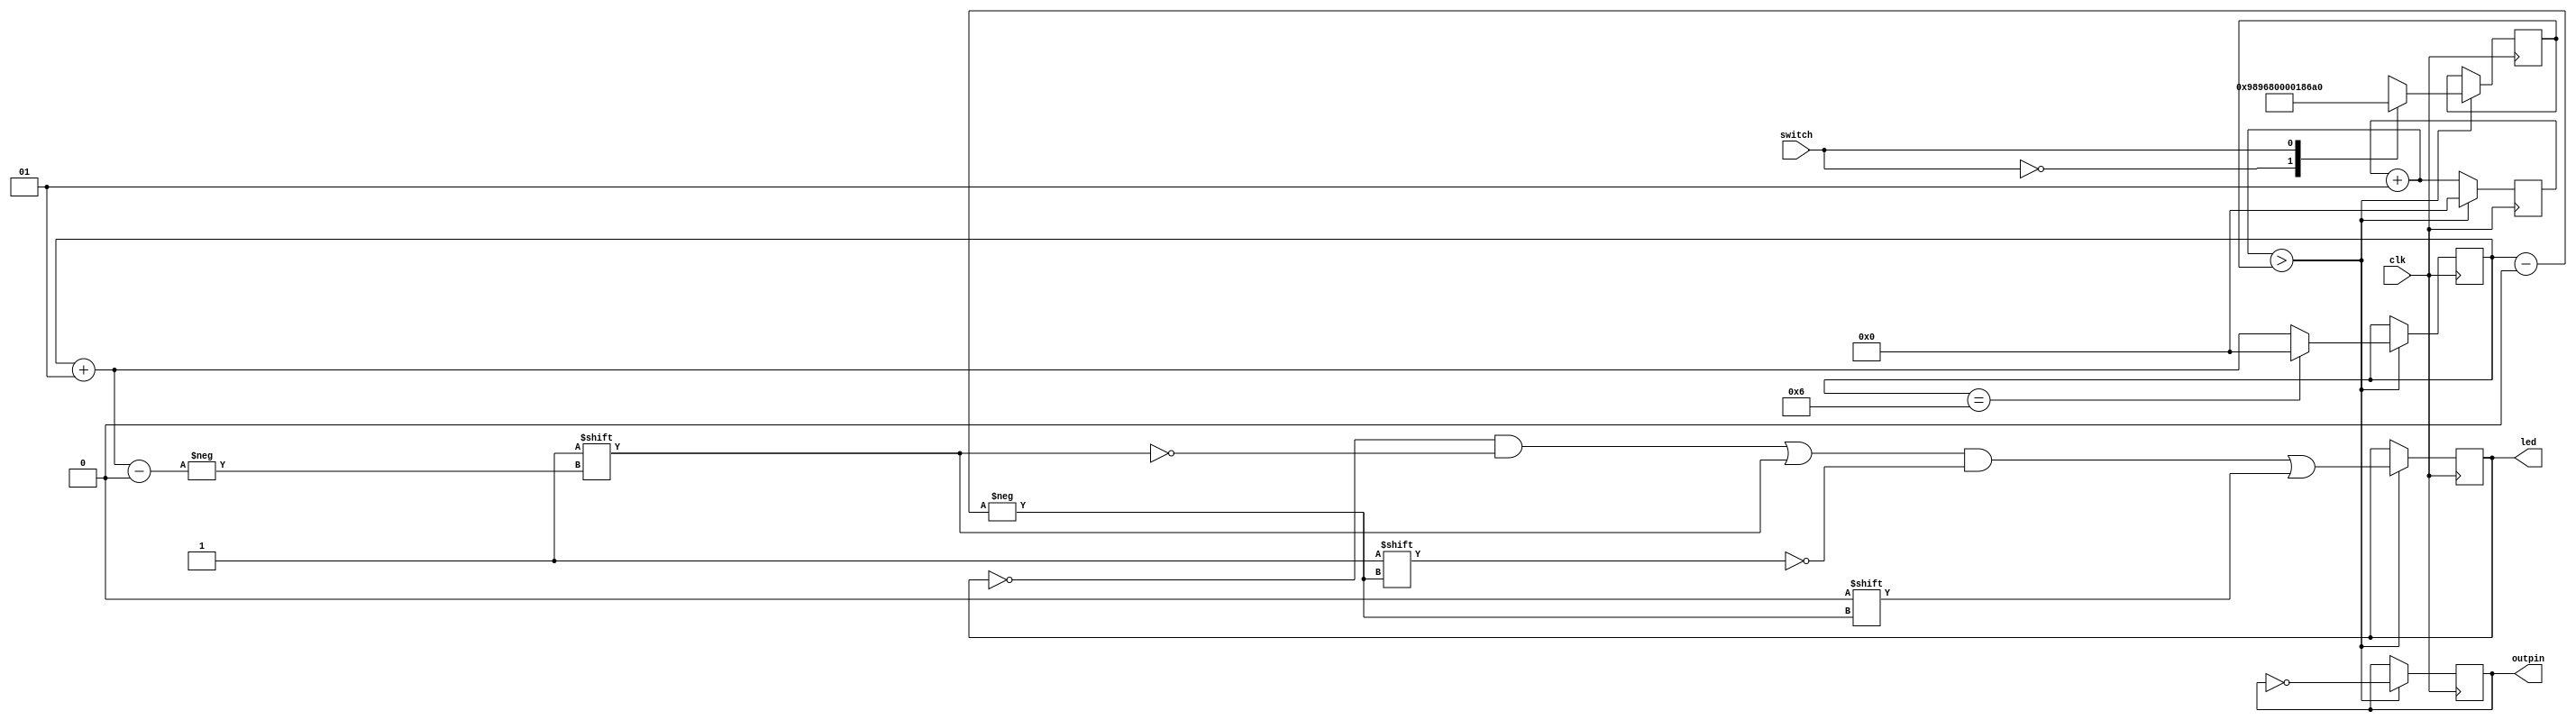
`timescale 1ns / 1ps

module main (
   output [7:0] led,
	output outpin,
	input switch,
	input clk
   );
		
	reg [7:0] val;
	integer ctr = 0;
	integer led_ctr = 0;
	integer blink_delay = 10000;
	
	reg pinled;
	
	always @(posedge clk) begin
		ctr = ctr + 1;
		
		if (ctr > blink_delay) begin
			pinled = !pinled;
			val = !val;
			ctr = 0;
			val[led_ctr+1] = 1;
			val[led_ctr] = 0;
			
			case(switch)
				0: blink_delay <= 10000000;
				1: blink_delay <= 100000;
			endcase
			
			if (led_ctr==6) begin
				led_ctr = 0; 
			end else begin
				led_ctr = led_ctr + 1;
			end
		end

	end
	assign led = val;
	assign outpin = pinled;
	

endmodule